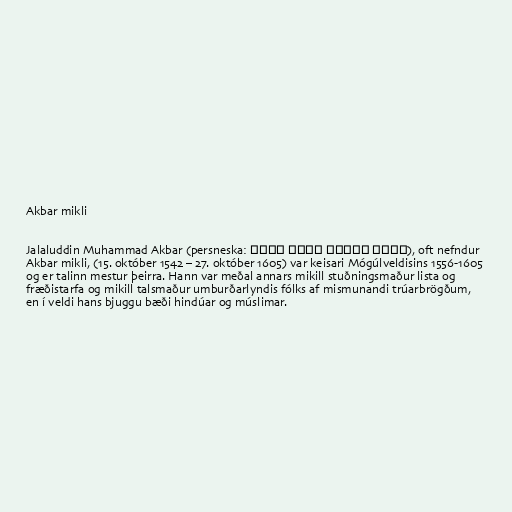
Akbar mikli

Jalaluddin Muhammad Akbar (persneska: جلال الدین محمد اکبر), oft nefndur
Akbar mikli, (15. október 1542 – 27. október 1605) var keisari Mógúlveldisins 1556-1605
og er talinn mestur þeirra. Hann var meðal annars mikill stuðningsmaður lista og
fræðistarfa og mikill talsmaður umburðarlyndis fólks af mismunandi trúarbrögðum,
en í veldi hans bjuggu bæði hindúar og múslimar.